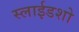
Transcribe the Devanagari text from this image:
स्लाईडशो